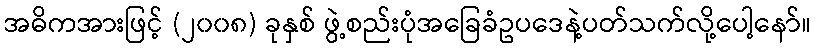
အဓိကအားဖြင့် (၂၀၀၈) ခုနှစ် ဖွဲ့စည်းပုံအခြေခံဥပဒေနဲ့ပတ်သက်လို့ပေါ့နော်။